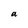
Character: a